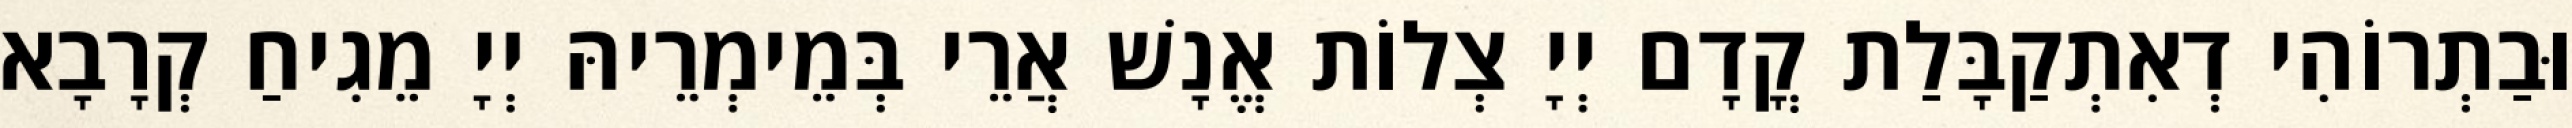
וּבַתְרוֹהִי דְאִתְקַבָּלַת קֳדָם יְיָ צְלוֹת אֱנָשׁ אֲרֵי בְּמֵימְרֵיהּ יְיָ מֵגִיחַ קְרָבָא